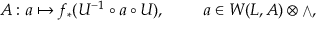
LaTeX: A : a \mapsto f _ { * } ( U ^ { - 1 } \circ a \circ U ) , \ \qquad a \in W ( L , { \cal A } ) \otimes { \scriptstyle \bigwedge } ,